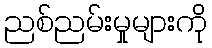
ညစ်ညမ်းမှုများကို